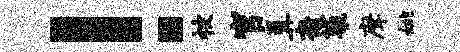
！被官篝裔袋摩姚